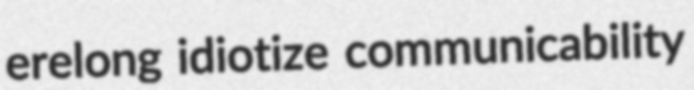
erelong idiotize communicability